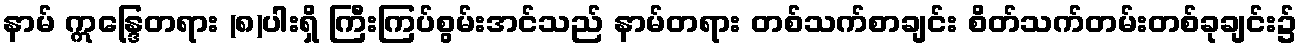
နာမ် ဣန္ဒြေတရား (၈)ပါးရှိ ကြီးကြပ်စွမ်းအင်သည် နာမ်တရား တစ်သက်စာချင်း စိတ်သက်တမ်းတစ်ခုချင်း၌